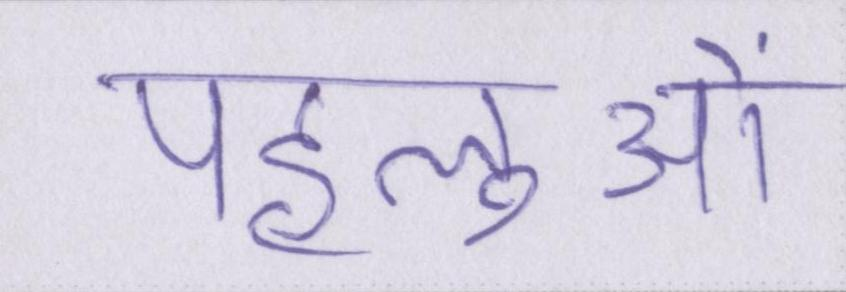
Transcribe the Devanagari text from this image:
पहलुओं